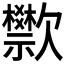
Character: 𬅴